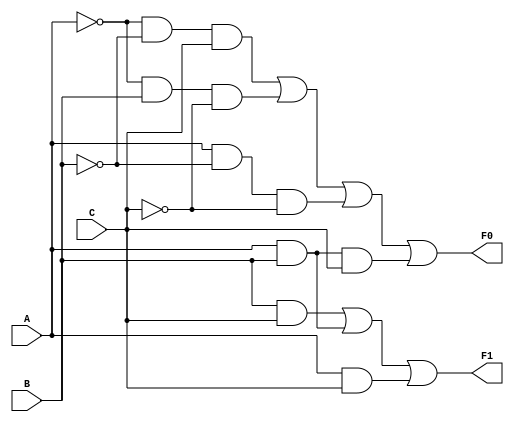
`timescale 1ns / 1ps

module ADC(A, B, C, F0, F1);
	input A, B, C;
	output reg F0, F1;

	always @ (A, B, C)
		begin
			F1 <= (B & C) | (A & B) | (A & C);
			F0 <= (~A & ~B & C) | (~A & B & ~C) | (A & ~B & ~C) | (A & B & C);
		end
endmodule